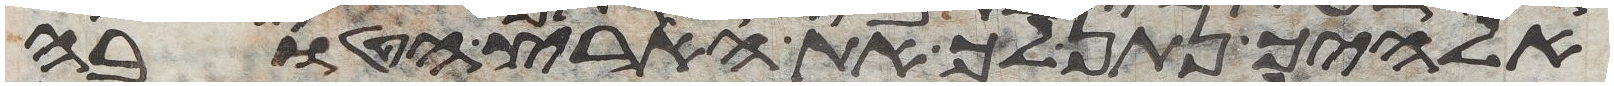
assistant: אלהיך נתן לך את הארץ הטובה